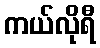
ကယ်လိုရီ